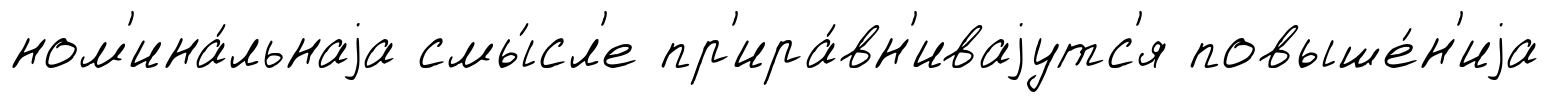
ном'ина́льнаjа смы́сл'е пр'ира́вн'иваjутс'я повыше́н'иjа